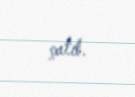
çatıb.